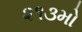
૨૧૩મો